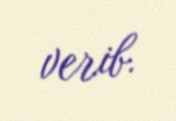
verib.